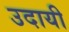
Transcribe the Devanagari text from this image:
उदायी